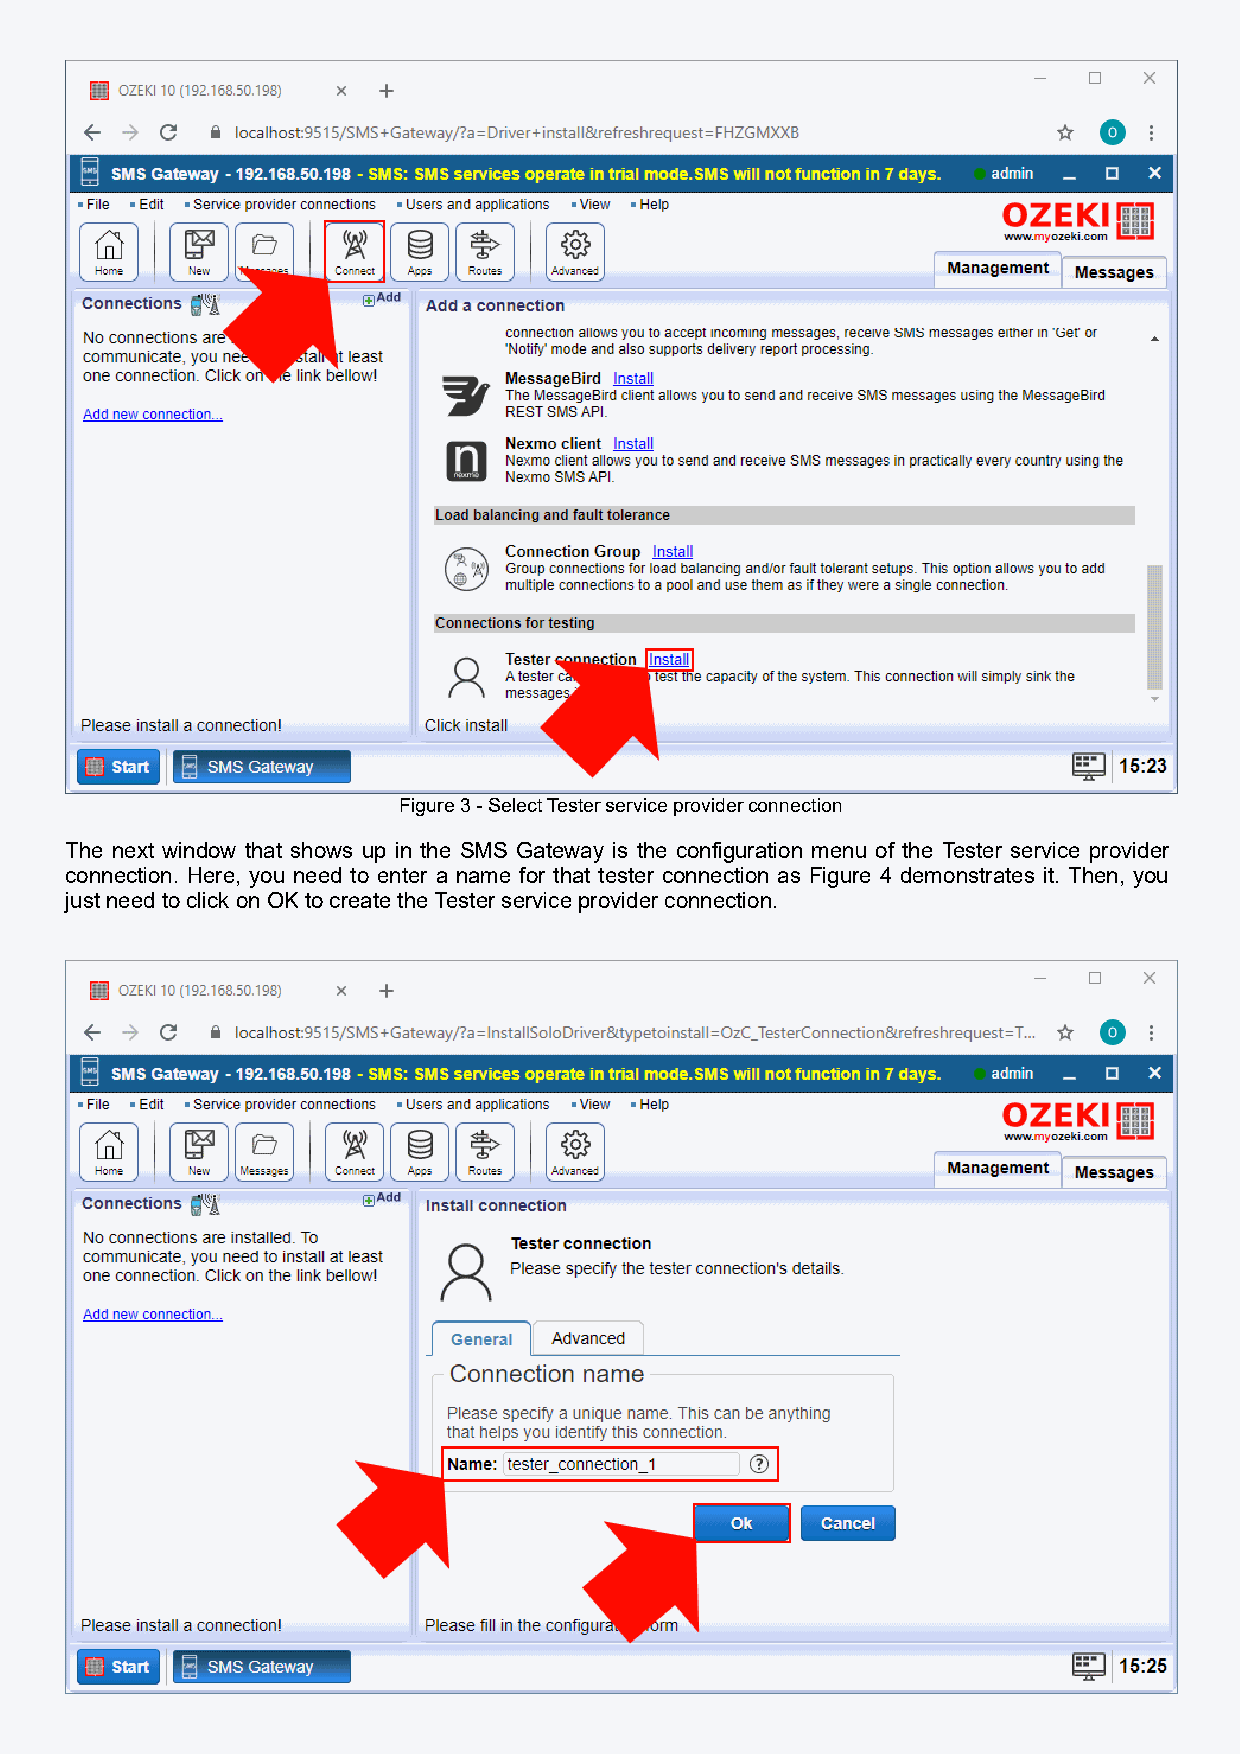
Figure 3 - Select Tester service provider connection
 The next window that shows up in the SMS Gateway is the configuration menu of the Tester service provider
 connection. Here, you need to enter a name for that tester connection as Figure 4 demonstrates it. Then, you
 just need to click on OK to create the Tester service provider connection.